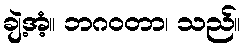
ချဲ့အံ့။ ဘဂဝတာ၊ သည်။